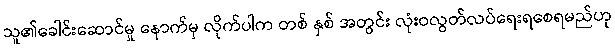
သူ၏ခေါင်းဆောင်မှု နောက်မှ လိုက်ပါက တစ် နှစ် အတွင်း လုံးဝလွတ်လပ်ရေးရစေရမည်ဟု